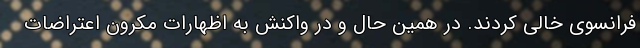
فرانسوی خالی کردند. در همین حال و در واکنش به اظهارات مکرون اعتراضات